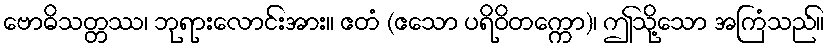
ဗောဓိသတ္တဿ၊ ဘုရားလောင်းအား။ ဧတံ (ဧသော ပရိဝိတက္ကော)၊ ဤသို့သော အကြံသည်။